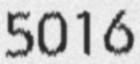
5016